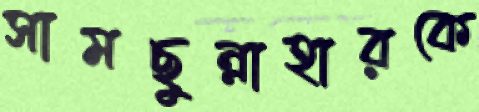
সামছুন্নাহারকে